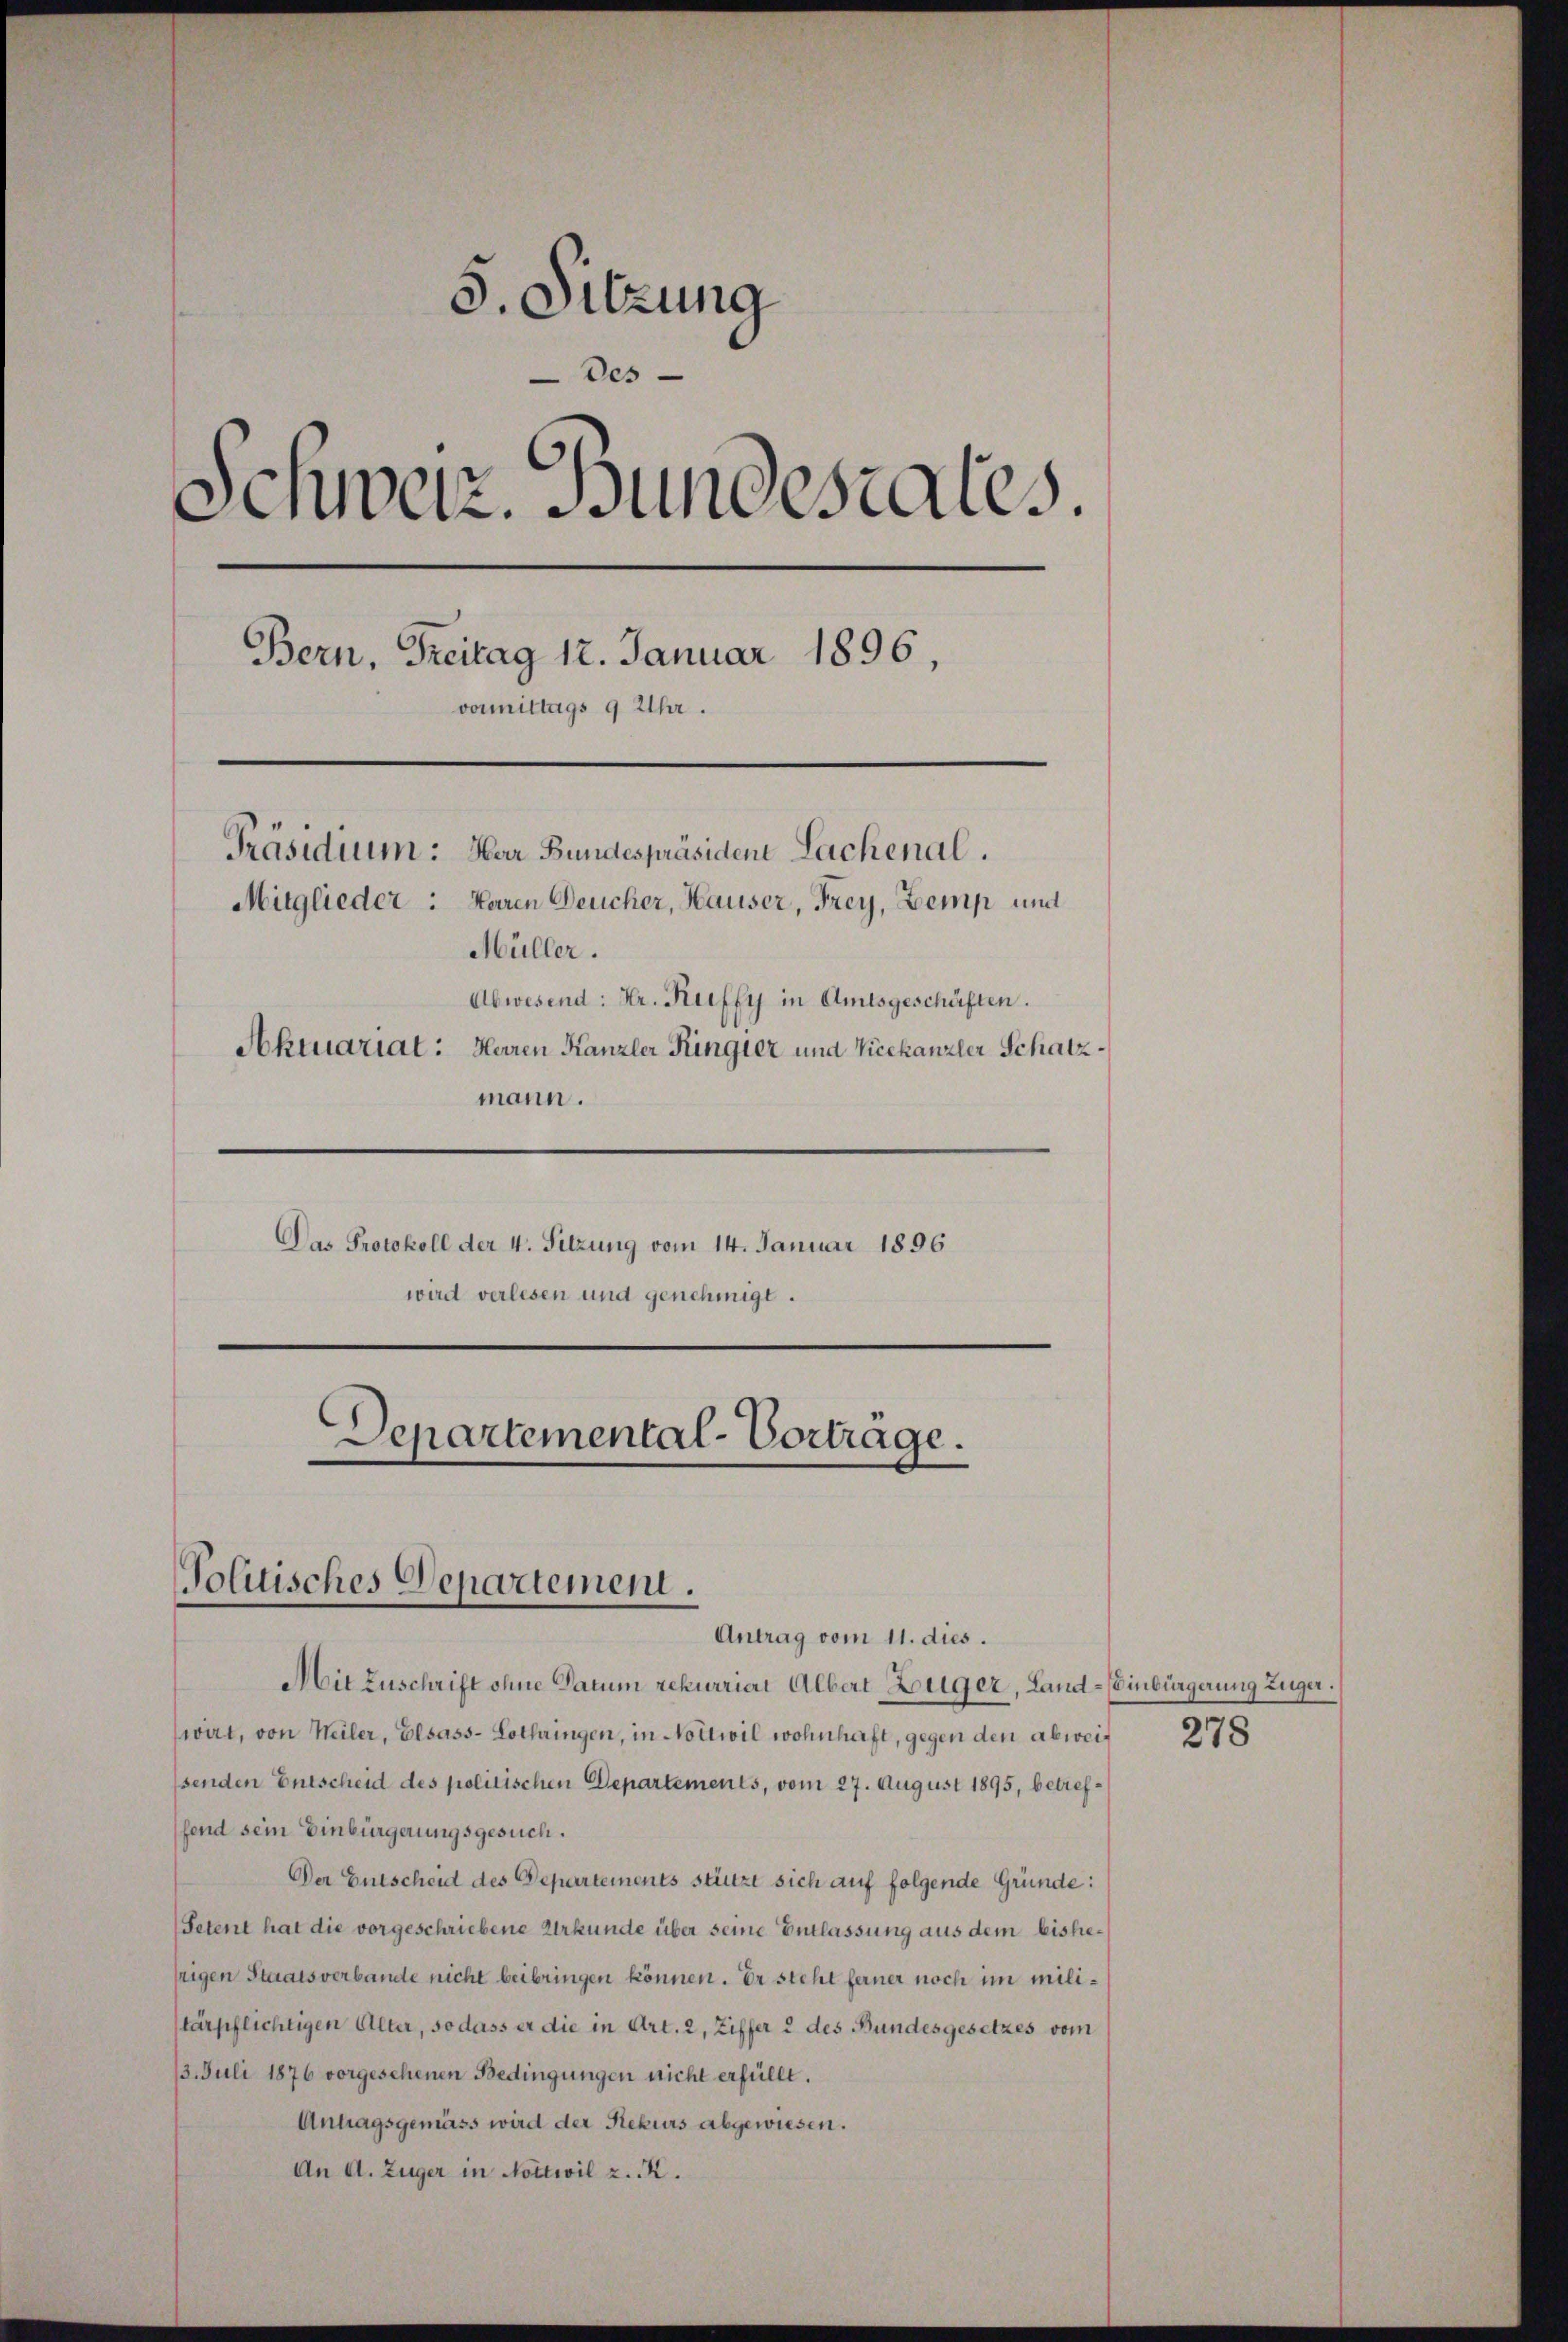
5. Sitzung
Des
Schweiz. Bundesrates.
Bern, Treitag 12. Januar 1896
vormittags 9 Uhr.
Präsidium: Har Bundespräsiden Lachenal.
Mitglieder: Karen Deucher, Hauser, Frey, Zemp und
Müller.
Abwesend: Hr. Kurffy in Amtsgeschäften.
Aktuariat: Herren Kanzler Ringier und Vicekanzler Schatz¬

mann.
Das Protokoll der 4. Sitzung vom 14. Januar 1896
wird verlesen und genehmigt.
Departemental-Vortrage.

Mit Zuschrift ohne Datum rekurriat Albert Züger, Land- (Einbürgerung Züger.
wirt, von Weiler, Elsass-Lothringen, in Nottwil wohnhaft, gegen den abweisenden Entscheid des politischen Departements, vom 27. August 1895, betreffend sein Einbürgerungsgesuch.
Der Entscheid des Departements stützt sich auf folgende Gründe:
(Setent hat die vorgeschriebene Urkunde über seine Entlassung aus dem bishesrigen Staatsverbande nicht beibringen können. Er steht ferner noch im militärpflichtigen Alter, so dass er die in Art. 2, Ziffer 2 des Bundesgesetzes vom
13. Juli 1876 vorgesehenen Bedingungen nicht erfüllt.
Antragsgemäss wird der Rekurs abgewiesen.
An A. Zuger in Notteil z. K.

olitisches Departement.
Antrag vom 11. dies.

278